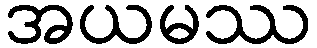
အယမဿ